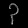
Digit: ၃